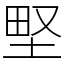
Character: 𡌛